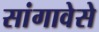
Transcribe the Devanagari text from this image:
सांगावेसे